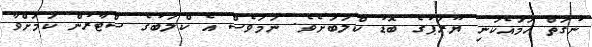
ނުގަތް ހަމައެކަނި ޔޫރަޕުގެ ބޮޑު ކްލަބަށެވެ. ނަމަވެސް އެ ކްލަބުގެ ސްޓާރުން ކަމަށްވާ